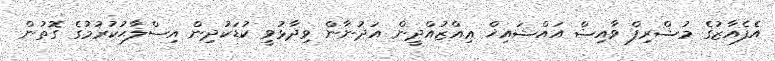
އެފެއާޒުގެ މުޝްރިފް ވާއިޟް އައްޝައިޚް ޢިއްޒުއްދީން އަދުނާން ވިދާޅުވީ ކުޑަކުދިން އިސްލާޙުކުރުމުގެ ގޮތުން